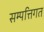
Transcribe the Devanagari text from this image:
सम्पत्तिगत